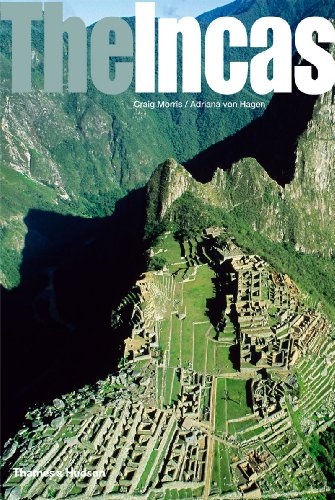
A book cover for The Incas (Ancient Peoples and Places); Craig Morris; History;